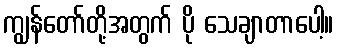
ကျွန်တော်တို့အတွက် ပို သေချာတာပေါ့။